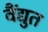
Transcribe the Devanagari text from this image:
वैंद्युत